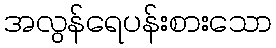
အလွန်ရေပန်းစားသော